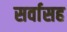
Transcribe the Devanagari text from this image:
सर्वासह